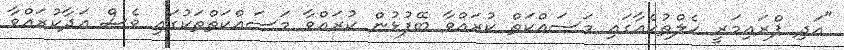
"އަދި ޕްރައިމަރީ ހެލްތުކެއާގައި މަސައްކަތް ކުރައްވާ ބޭފުޅުން ކުރައްވާ މަސައްކަތްތަކުގައި ވެސް އަދާކުރައްވާ